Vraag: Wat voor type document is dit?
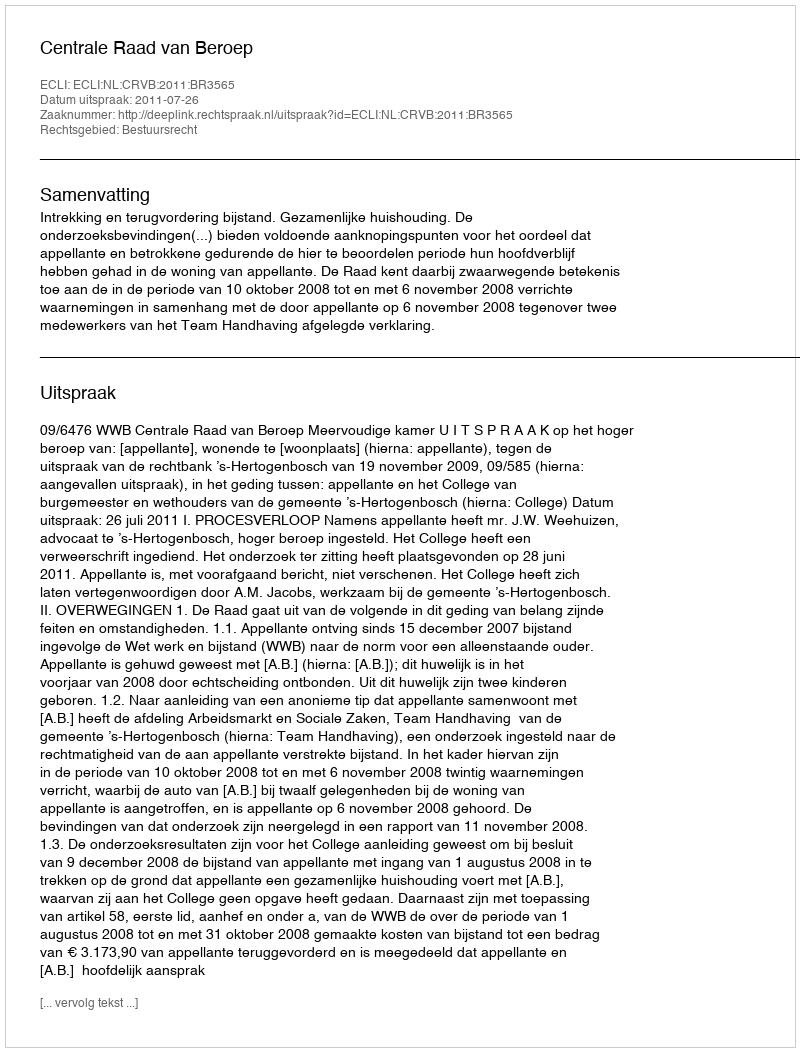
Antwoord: Uitspraak